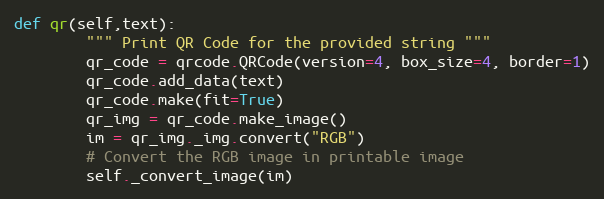
Language: Python
def qr(self,text):
        """ Print QR Code for the provided string """
        qr_code = qrcode.QRCode(version=4, box_size=4, border=1)
        qr_code.add_data(text)
        qr_code.make(fit=True)
        qr_img = qr_code.make_image()
        im = qr_img._img.convert("RGB")
        # Convert the RGB image in printable image
        self._convert_image(im)